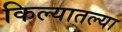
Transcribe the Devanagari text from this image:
किल्यातल्या